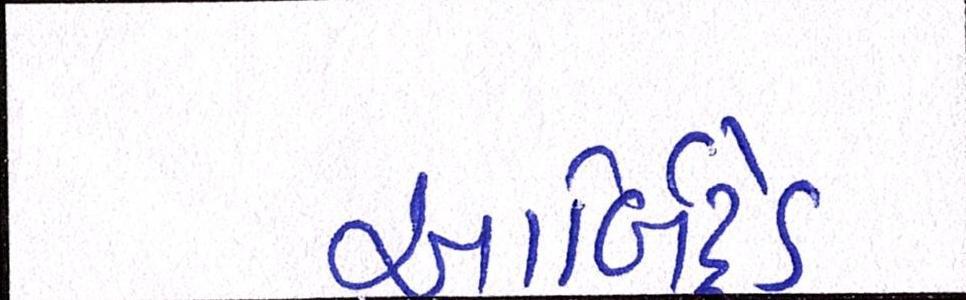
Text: આર્બિટ્રેડ